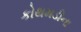
કોથમડીના